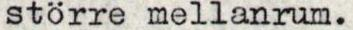
större mellanrum.